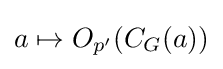
a\mapsto O_{p'}(C_{G}(a))